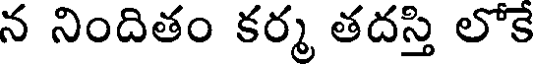
న నిందితం కర్మ తదస్తి లోకే